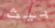
بيث